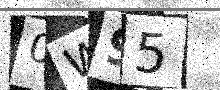
Text: 0W95